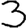
Digit: 3